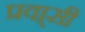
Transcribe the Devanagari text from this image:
प्रवा्सी